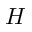
{ \cal H }